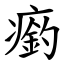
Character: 瘹